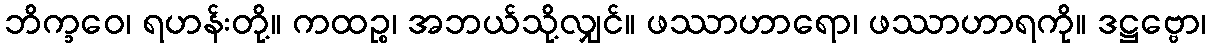
ဘိက္ခဝေ၊ ရဟန်းတို့။ ကထဉ္စ၊ အဘယ်သို့လျှင်။ ဖဿာဟာရော၊ ဖဿာဟာရကို။ ဒဋ္ဌဗ္ဗော၊